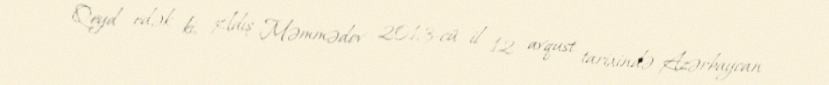
Qeyd edək ki, Adış Məmmədov 2013-cü il 12 avqust tarixində Azərbaycan